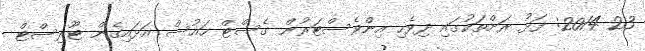
23 2014: ފަޅު ރަށްތަކުގައި ދިވެހި އިންވެސްޓަރުން ގެސްޓް ހައުސް އަޅައިގެން ޓޫރިސްޓް